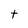
Character: t